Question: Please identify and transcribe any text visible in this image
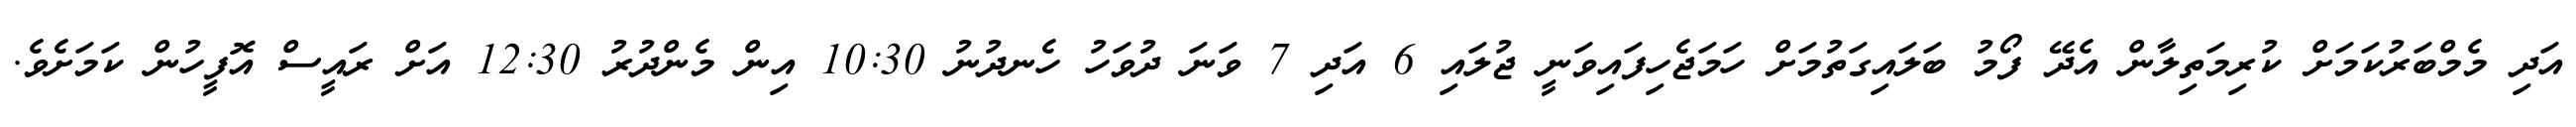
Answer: އަދި މެމްބަރުކަމަށް ކުރިމަތިލާން އެދޭ ފޯމު ބަލައިގަތުމަށް ހަމަޖެހިފައިވަނީ ޖުލައި 6 އަދި 7 ވަނަ ދުވަހު ހެނދުނު 10:30 އިން މެންދުރު 12:30 އަށް ރައީސް އޮފީހުން ކަމަށެވެ.